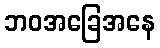
ဘဝအခြေအနေ